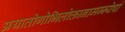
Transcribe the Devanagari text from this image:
अयातोगोभिलोक्तानामम्न्येषां